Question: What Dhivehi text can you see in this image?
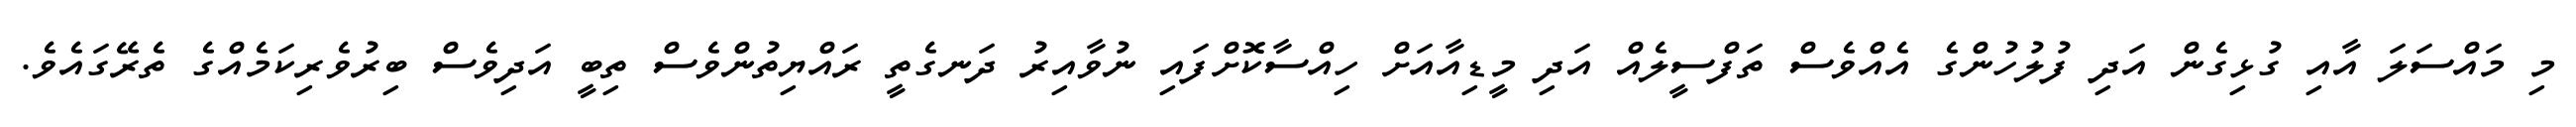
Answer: މި މައްސަލަ އާއި ގުޅިގެން އަދި ފުލުހުންގެ އެއްވެސް ތަފްސީލެއް އަދި މީޑިއާއަށް ހިއްސާކޮށްފައި ނުވާއިރު ދަނގެތީ ރައްޔިތުންވެސް ތިބީ އަދިވެސް ބިރުވެރިކަމެއްގެ ތެރޭގައެވެ.